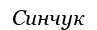
Синчук